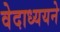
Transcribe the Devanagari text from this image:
वेदाध्ययने